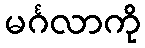
မင်္ဂလာကို